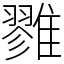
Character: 雡